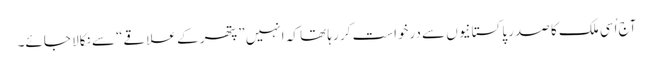
آج اُسی ملک کا صدر پاکستانیوں سے درخواست کر رہا تھا کہ انہیں ”پتھر کے علاقے“ سے نکالا جائے۔